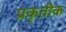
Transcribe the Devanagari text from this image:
प्रकृतीक